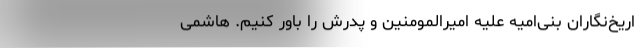
اریخ‌نگاران بنی‌امیه علیه امیرالمومنین و پدرش را باور کنیم. هاشمی